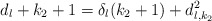
\begin{align*}d_{l} + k_{2} + 1 = \delta_{l}(k_{2}+1) + d_{l,k_{2}}^{2} \end{align*}